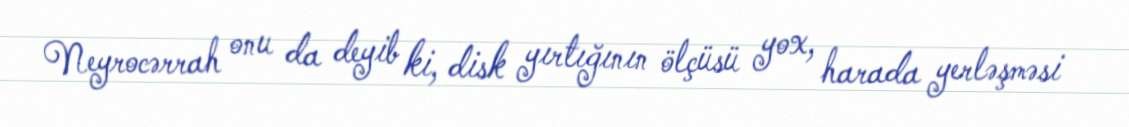
Neyrocərrah onu da deyib ki, disk yırtığının ölçüsü yox, harada yerləşməsi